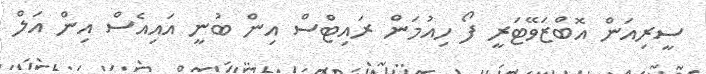
ސީރިއަން އޮބްޒަވޭޓަރީ ފޯ ހިއުމަން ރައިޓްސް އިން ބުނީ އައިއެސް އިން އަލް